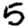
Digit: 5